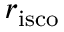
r _ { \mathrm { i s c o } }